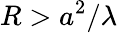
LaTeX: R>a^{2}/\lambda